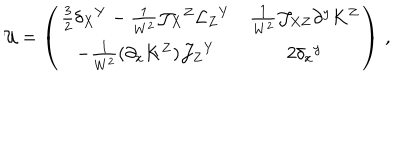
{ \cal U } = \left( \begin{matrix} { { \frac 3 2 \delta _ { X } { } ^ { Y } - \frac { 1 } { W ^ { 2 } } { \cal J } _ { X } { } ^ { Z } { \cal L } _ { Z } { } ^ { Y } } } & { { \frac 1 { W ^ { 2 } } { \cal J } _ { X Z } \partial ^ { y } K ^ { Z } } } \\ { { - \frac 1 { W ^ { 2 } } ( \partial _ { x } K ^ { Z } ) { \cal J } _ { Z } { } ^ { Y } } } & { { 2 \delta _ { x } { } ^ { y } } } \\ \end{matrix} \right) \, ,